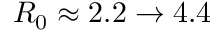
R _ { 0 } \approx 2 . 2 \rightarrow 4 . 4